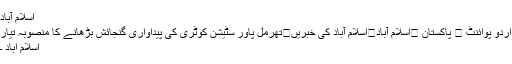
اسلام آباد
اُردو پوائنٹ ⬅ پاکستان ⬅اسلام آباد⬅اسلام آباد کی خبریں⬅تھرمل پاور سٹیشن کوٹری کی پیداواری گنجائش بڑھانے کا منصوبہ تیار
اسلام آباد ۔